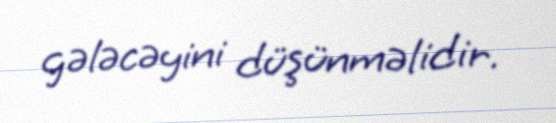
gələcəyini düşünməlidir.